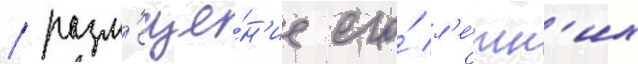
/ разм'еще́н'ие его́ л'е́тн'их